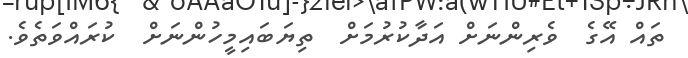
ތައް އޭގެ  ވެރިންނަށް އަދާކުރުމަށް  ތިޔަބައިމީހުންނަށް  ކުރައްވަތެވެ.